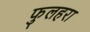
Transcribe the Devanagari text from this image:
फुलहरा